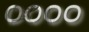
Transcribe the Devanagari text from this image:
००००